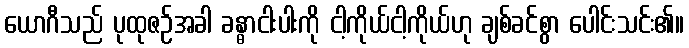
ယောဂီသည် ပုထုဇဉ်အခါ ခန္ဓာငါးပါးကို ငါ့ကိုယ်ငါ့ကိုယ်ဟု ချစ်ခင်စွာ ပေါင်းသင်း၏။